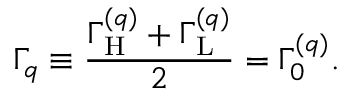
\Gamma _ { q } \equiv \frac { \Gamma _ { \mathrm { H } } ^ { ( q ) } + \Gamma _ { \mathrm { L } } ^ { ( q ) } } { 2 } = \Gamma _ { 0 } ^ { ( q ) } .